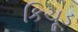
કિચૂડ